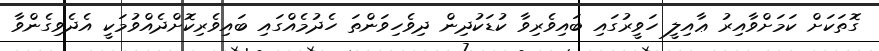
ގޮތަކަށް ކަމަށްވާއިރު ޢާއިލީ ހަވީރުގައި ބައިވެރިވާ ކުޑަކުދިން ދިވެހިވަންތަ ހެދުމެއްގައި ބައިވެރިކޮށްދެއްވުމަކީ އެދެވިގެންވާ